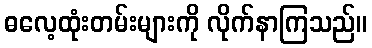
ဓလေ့ထုံးတမ်းများကို လိုက်နာကြသည်။